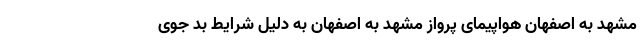
مشهد به اصفهان هواپیمای پرواز مشهد به اصفهان به دلیل شرایط بد جوی